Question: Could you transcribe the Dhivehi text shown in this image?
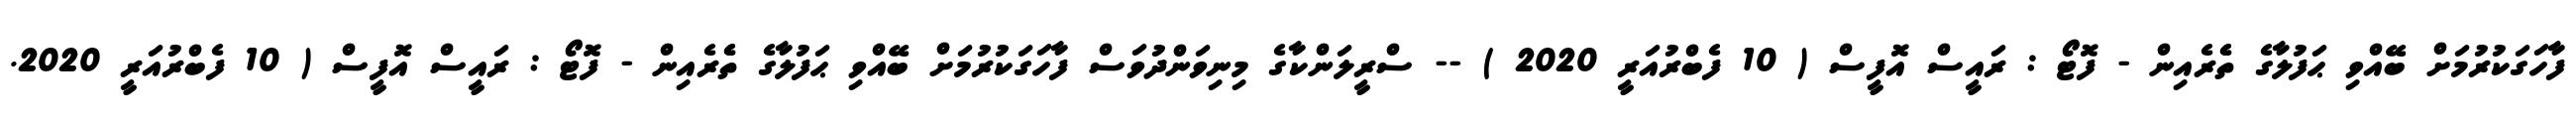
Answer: ފާހަގަކުރުމަށް ބޭއްވި ޙަފުލާގެ ތެެރެއިން - ފޮޓޯ : ރައީސް އޮފީސް ( 10 ފެބްރުއަރީ 2020 ) -- ސްރީލަންކާގެ މިނިވަންދުވަސް ފާހަގަކުރުމަށް ބޭއްވި ޙަފުލާގެ ތެެރެއިން - ފޮޓޯ : ރައީސް އޮފީސް ( 10 ފެބްރުއަރީ 2020.